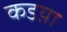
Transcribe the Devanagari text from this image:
कडय़ा